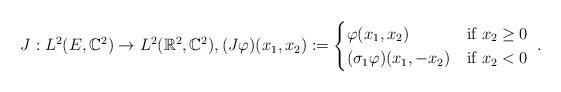
LaTeX: \begin{align*}J:L^2(E,\mathbb{C}^2) \to L^2(\mathbb{R}^2,\mathbb{C}^2),(J \varphi) (x_1,x_2):=\begin{cases}\varphi(x_1,x_2) & \textup{if } x_2 \geq 0 \\(\sigma_1\varphi)(x_1,-x_2) & \textup{if } x_2 < 0\end{cases}\; .\end{align*}